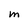
Character: M